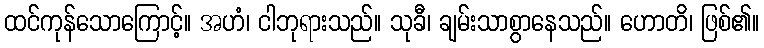
ထင်ကုန်သောကြောင့်။ အဟံ၊ ငါဘုရားသည်။ သုခီ၊ ချမ်းသာစွာနေသည်။ ဟောတိ၊ ဖြစ်၏။